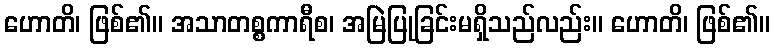
ဟောတိ၊ ဖြစ်၏။ အသာတစ္စကာရီစ၊ အမြဲပြုခြင်းမရှိသည်လည်း။ ဟောတိ၊ ဖြစ်၏။